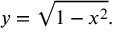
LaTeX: y = { \sqrt { 1 - x ^ { 2 } } } .